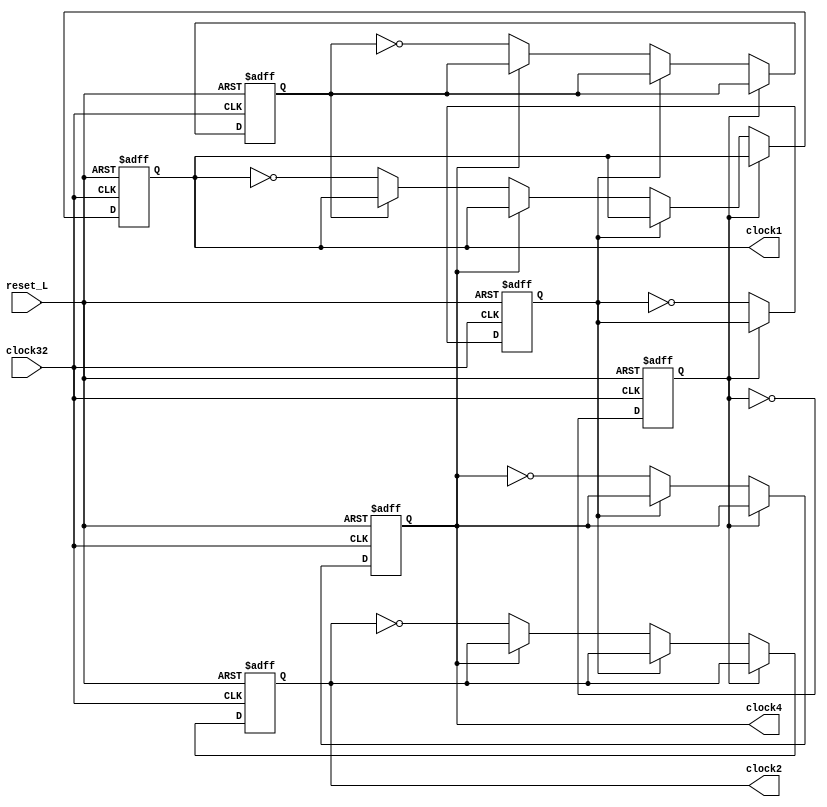
module clock(
    input clock32,reset_L,
    output reg clock4,clock2,clock1
);

reg counter0,counter1,counter2;
always @(posedge clock32 or negedge reset_L) begin 
    if(reset_L==0) begin
        counter0<=0;
        counter1<=0;
        counter2<=0;
        clock4<=0;
        clock2<=0;
        clock1<=0;
    end else begin
        if(counter0==0) begin
            if(counter1==0) begin
                if(clock4==0) begin
                    if(counter2==0) begin
                        clock1<=~clock1;
                    end
                    counter2<=~counter2;
                    clock2<=~clock2;
                end
                clock4<=~clock4;
            end
            counter1<=~counter1;
        end
        counter0<=~counter0;
    end
end
endmodule